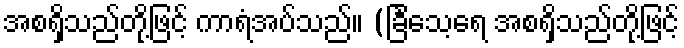
အစရှိသည်တို့ဖြင့် ကာရံအပ်သည်။ (ခြင်္သေ့ရေ အစရှိသည်တို့ဖြင့်